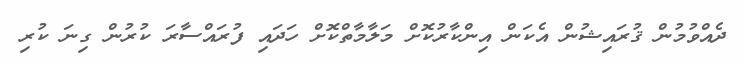
ދެއްވުމުން ޤުރައިޝުން އެކަން އިންކާރުކޮށް މަލާމާތްކޮށް ހަދައި ފުރައްސާރަ ކުރުން ގިނަ ކުރި